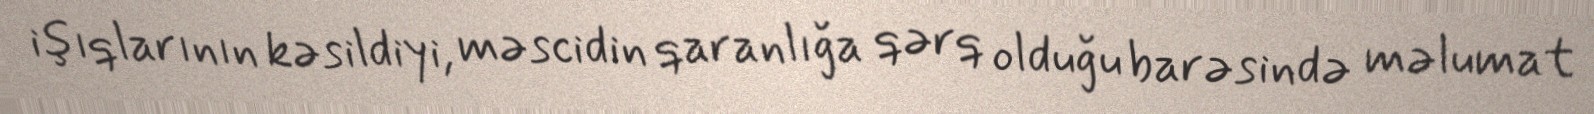
işıqlarının kəsildiyi, məscidin qaranlığa qərq olduğu barəsində məlumat